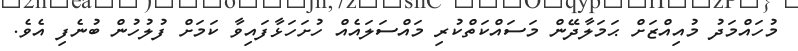
މުހައްމަދު މުއިއްޒަށް ޙަމަލާދޭން މަސައްކަތްކުރި މައްސަލައެއް ހުށަހަޅާފައިވާ ކަމަށް ފުލުހުން ބުނެފި އެވެ.